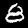
Digit: 8